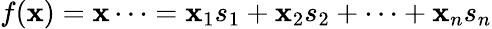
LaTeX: f(\mathbf{x})=\mathbf{x}\cdots=\mathbf{x}_{1}s_{1}+\mathbf{x}_{2}s_{2}+\cdots+\mathbf{x}_{n}s_{n}